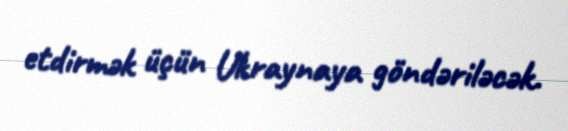
etdirmək üçün Ukraynaya göndəriləcək.